Reports on dispensaries and lunatic asylums in the Province of Oudh - 1869-1876
Year: 1869
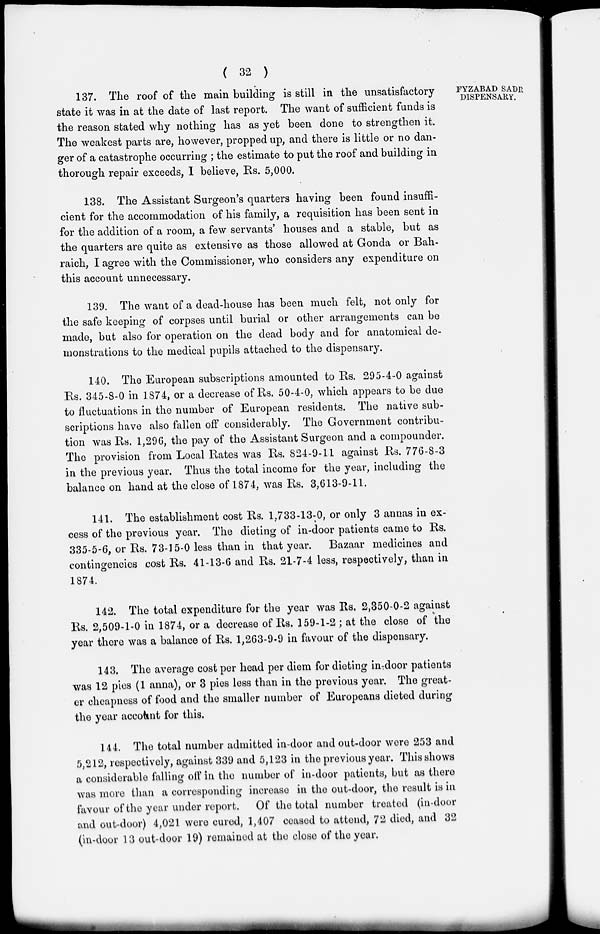
( 32 )
FYZABAD SADR
DISPENSARY.
137. The roof of the main building is still in the unsatisfactory
state it was in at the date of last report. The want of sufficient funds is
the reason stated why nothing has as yet been done to strengthen it.
The weakest parts are, however, propped up, and there is little or no dan-
ger of a catastrophe occurring ; the estimate to put the roof and building in
thorough repair exceeds, I believe, Rs. 5,000.
138. The Assistant Surgeon's quarters having been found insuffi-
cient for the accommodation of his family, a requisition has been sent in
for the addition of a room, a few servants' houses and a stable, but as
the quarters are quite as extensive as those allowed at Gonda or Bah-
raich, I agree with the Commissioner, who considers any expenditure on
this account unnecessary.
139. The want of a dead-house has been much felt, not only for
the safe keeping of corpses until burial or other arrangements can be
made, but also for operation on the dead body and for anatomical de-
monstrations to the medical pupils attached to the dispensary.
140. The European subscriptions amounted to Rs. 295-4-0 against
Rs. 345-8-0 in 1874, or a decrease of Rs. 50-4-0, which appears to be due
to fluctuations in the number of European residents. The native sub-
scriptions have also fallen off considerably. The Government contribu-
tion was Rs. 1,296, the pay of the Assistant Surgeon and a compounder.
The provision from Local Rates was Rs. 824-9-11 against Rs. 776-8-3
in the previous year. Thus the total income for the year, including the
balance on hand at the close of 1874, was Rs. 3,613-9-11.
141. The establishment cost Rs. 1,733-13-0, or only 3 annas in ex-
cess of the previous year. The dieting of in-door patients came to Rs.
335-5-6, or Rs. 73-15-0 less than in that year.
Bazaar medicines and
contingencies cost Rs. 41-13-6 and Rs. 21-7-4 less, respectively, than in
1874.
142. The total expenditure for the year was Rs. 2,350-0-2 against
Rs. 2,509-1-0 in 1874, or a decrease of Rs. 159-1-2 ; at the close of the
year there was a balance of Rs. 1,263-9-9 in favour of the dispensary.
143. The average cost per head per diem for dieting in-door patients
was 12 pies (1 anna), or 3 pies less than in the previous year. The great-
er cheapness of food and the smaller number of Europeans dieted during
the year account for this.
144. The total number admitted in-door and out-door were 253 and
5,212, respectively, against 339 and 5,123 in the previous year. This shows
a considerable falling off in the number of in-door patients, but as there
was more than a corresponding increase in the out-door, the result is in
favour of the year under report. Of the total number treated (in-door
and out-door) 4,021 were cured, 1,407 ceased to attend, 72 died, and 32
(in-door 13 out-door 19) remained at the close of the year.